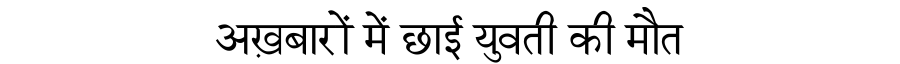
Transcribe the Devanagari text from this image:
अख़बारों में छाई युवती की मौत